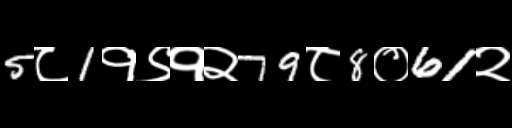
Text: 5८1१९१२79८8०61२